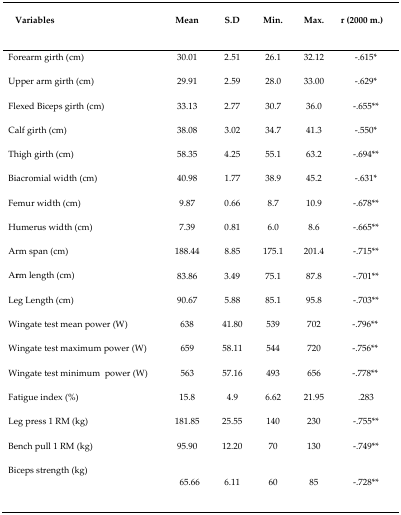
<table><thead><tr><td><b>Variables</b></td><td><b>Mean</b></td><td><b>S.D</b></td><td><b>Min.</b></td><td><b>Max.</b></td><td><b>r (2000 m.)</b></td></tr></thead><tbody><tr><td>Forearm girth (cm)</td><td>30.01</td><td>2.51</td><td>26.1</td><td>32.12</td><td>−.615<sup>*</sup></td></tr><tr><td>Upper arm girth (cm)</td><td>29.91</td><td>2.59</td><td>28.0</td><td>33.00</td><td>−.629<sup>*</sup></td></tr><tr><td>Flexed Biceps girth (cm)</td><td>33.13</td><td>2.77</td><td>30.7</td><td>36.0</td><td>−.655<sup>**</sup></td></tr><tr><td>Calf girth (cm)</td><td>38.08</td><td>3.02</td><td>34.7</td><td>41.3</td><td>−.550<sup>*</sup></td></tr><tr><td>Thigh girth (cm)</td><td>58.35</td><td>4.25</td><td>55.1</td><td>63.2</td><td>−.694<sup>**</sup></td></tr><tr><td>Biacromial width (cm)</td><td>40.98</td><td>1.77</td><td>38.9</td><td>45.2</td><td>−.631<sup>*</sup></td></tr><tr><td>Femur width (cm)</td><td>9.87</td><td>0.66</td><td>8.7</td><td>10.9</td><td>−.678<sup>**</sup></td></tr><tr><td>Humerus width (cm)</td><td>7.39</td><td>0.81</td><td>6.0</td><td>8.6</td><td>−.665<sup>**</sup></td></tr><tr><td>Arm span (cm)</td><td>188.44</td><td>8.85</td><td>175.1</td><td>201.4</td><td>−.715<sup>**</sup></td></tr><tr><td>Arm length (cm)</td><td>83.86</td><td>3.49</td><td>75.1</td><td>87.8</td><td>−.701<sup>**</sup></td></tr><tr><td>Leg Length (cm)</td><td>90.67</td><td>5.88</td><td>85.1</td><td>95.8</td><td>−.703<sup>**</sup></td></tr><tr><td>Wingate test mean power (W)</td><td>638</td><td>41.80</td><td>539</td><td>702</td><td>−.796<sup>**</sup></td></tr><tr><td>Wingate test maximum power (W)</td><td>659</td><td>58.11</td><td>544</td><td>720</td><td>−.756<sup>**</sup></td></tr><tr><td>Wingate test minimum power (W)</td><td>563</td><td>57.16</td><td>493</td><td>656</td><td>−.778<sup>**</sup></td></tr><tr><td>Fatigue index (%)</td><td>15.8</td><td>4.9</td><td>6.62</td><td>21.95</td><td>.283</td></tr><tr><td>Leg press 1 RM (kg)</td><td>181.85</td><td>25.55</td><td>140</td><td>230</td><td>−.755<sup>**</sup></td></tr><tr><td>Bench pull 1 RM (kg)</td><td>95.90</td><td>12.20</td><td>70</td><td>130</td><td>−.749<sup>**</sup></td></tr><tr><td>Biceps strength (kg)</td><td>65.66</td><td>6.11</td><td>60</td><td>85</td><td>−.728<sup>**</sup></td></tr></tbody></table>